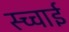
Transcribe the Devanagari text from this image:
स्च्चाई